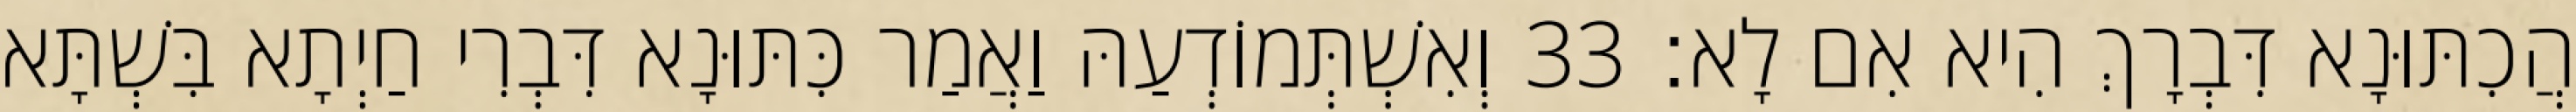
הֲכִתּוּנָא דִּבְרָךְ הִיא אִם לָא׃ 33 וְאִשְׁתְּמוֹדְעַהּ וַאֲמַר כִּתּוּנָא דִּבְרִי חַיְתָא בִּשְׁתָּא